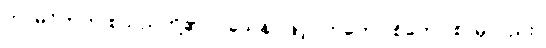
ကာမဝိတက် စသည်တို့၏။ ဝသေန၊ ဖြင့်။ ဣတော စိတော စ၊ မှလည်း။